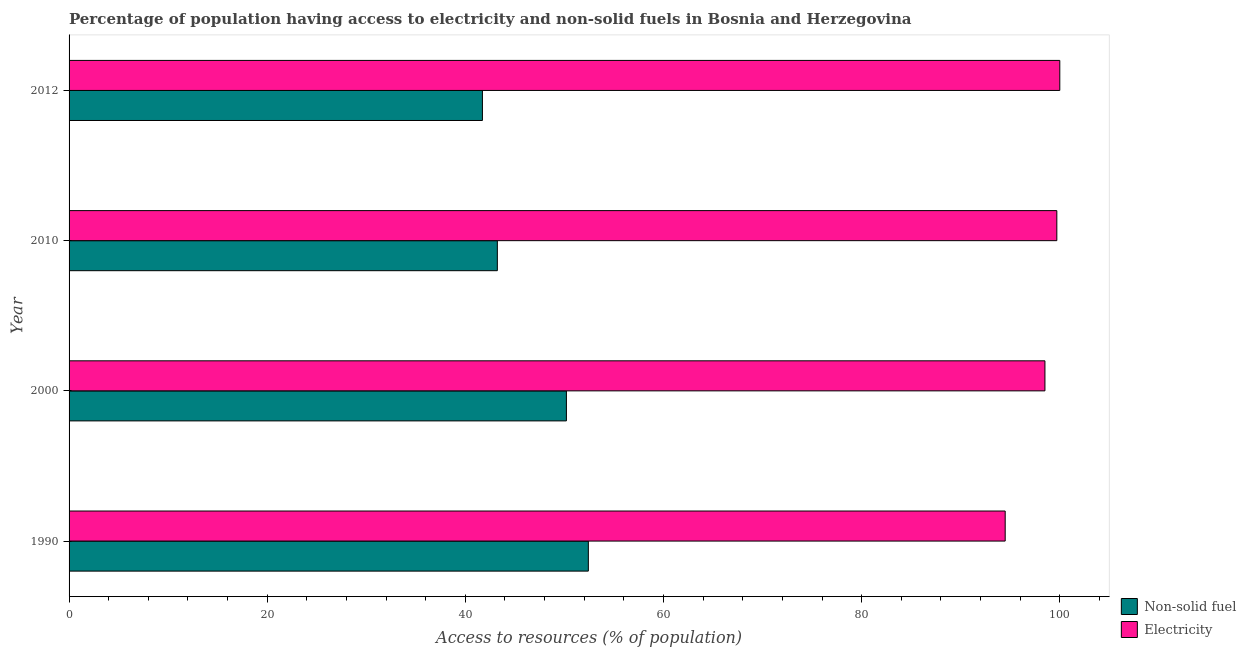
| Year | Non-solid fuel | Electricity |
 | --- | --- | --- |
 | 1990 | 52.4 | 94.5 |
 | 2000 | 50.2 | 98.5 |
 | 2010 | 43.2 | 99.7 |
 | 2012 | 41.7 | 100 |